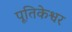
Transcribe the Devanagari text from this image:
पूतिकेश्वर